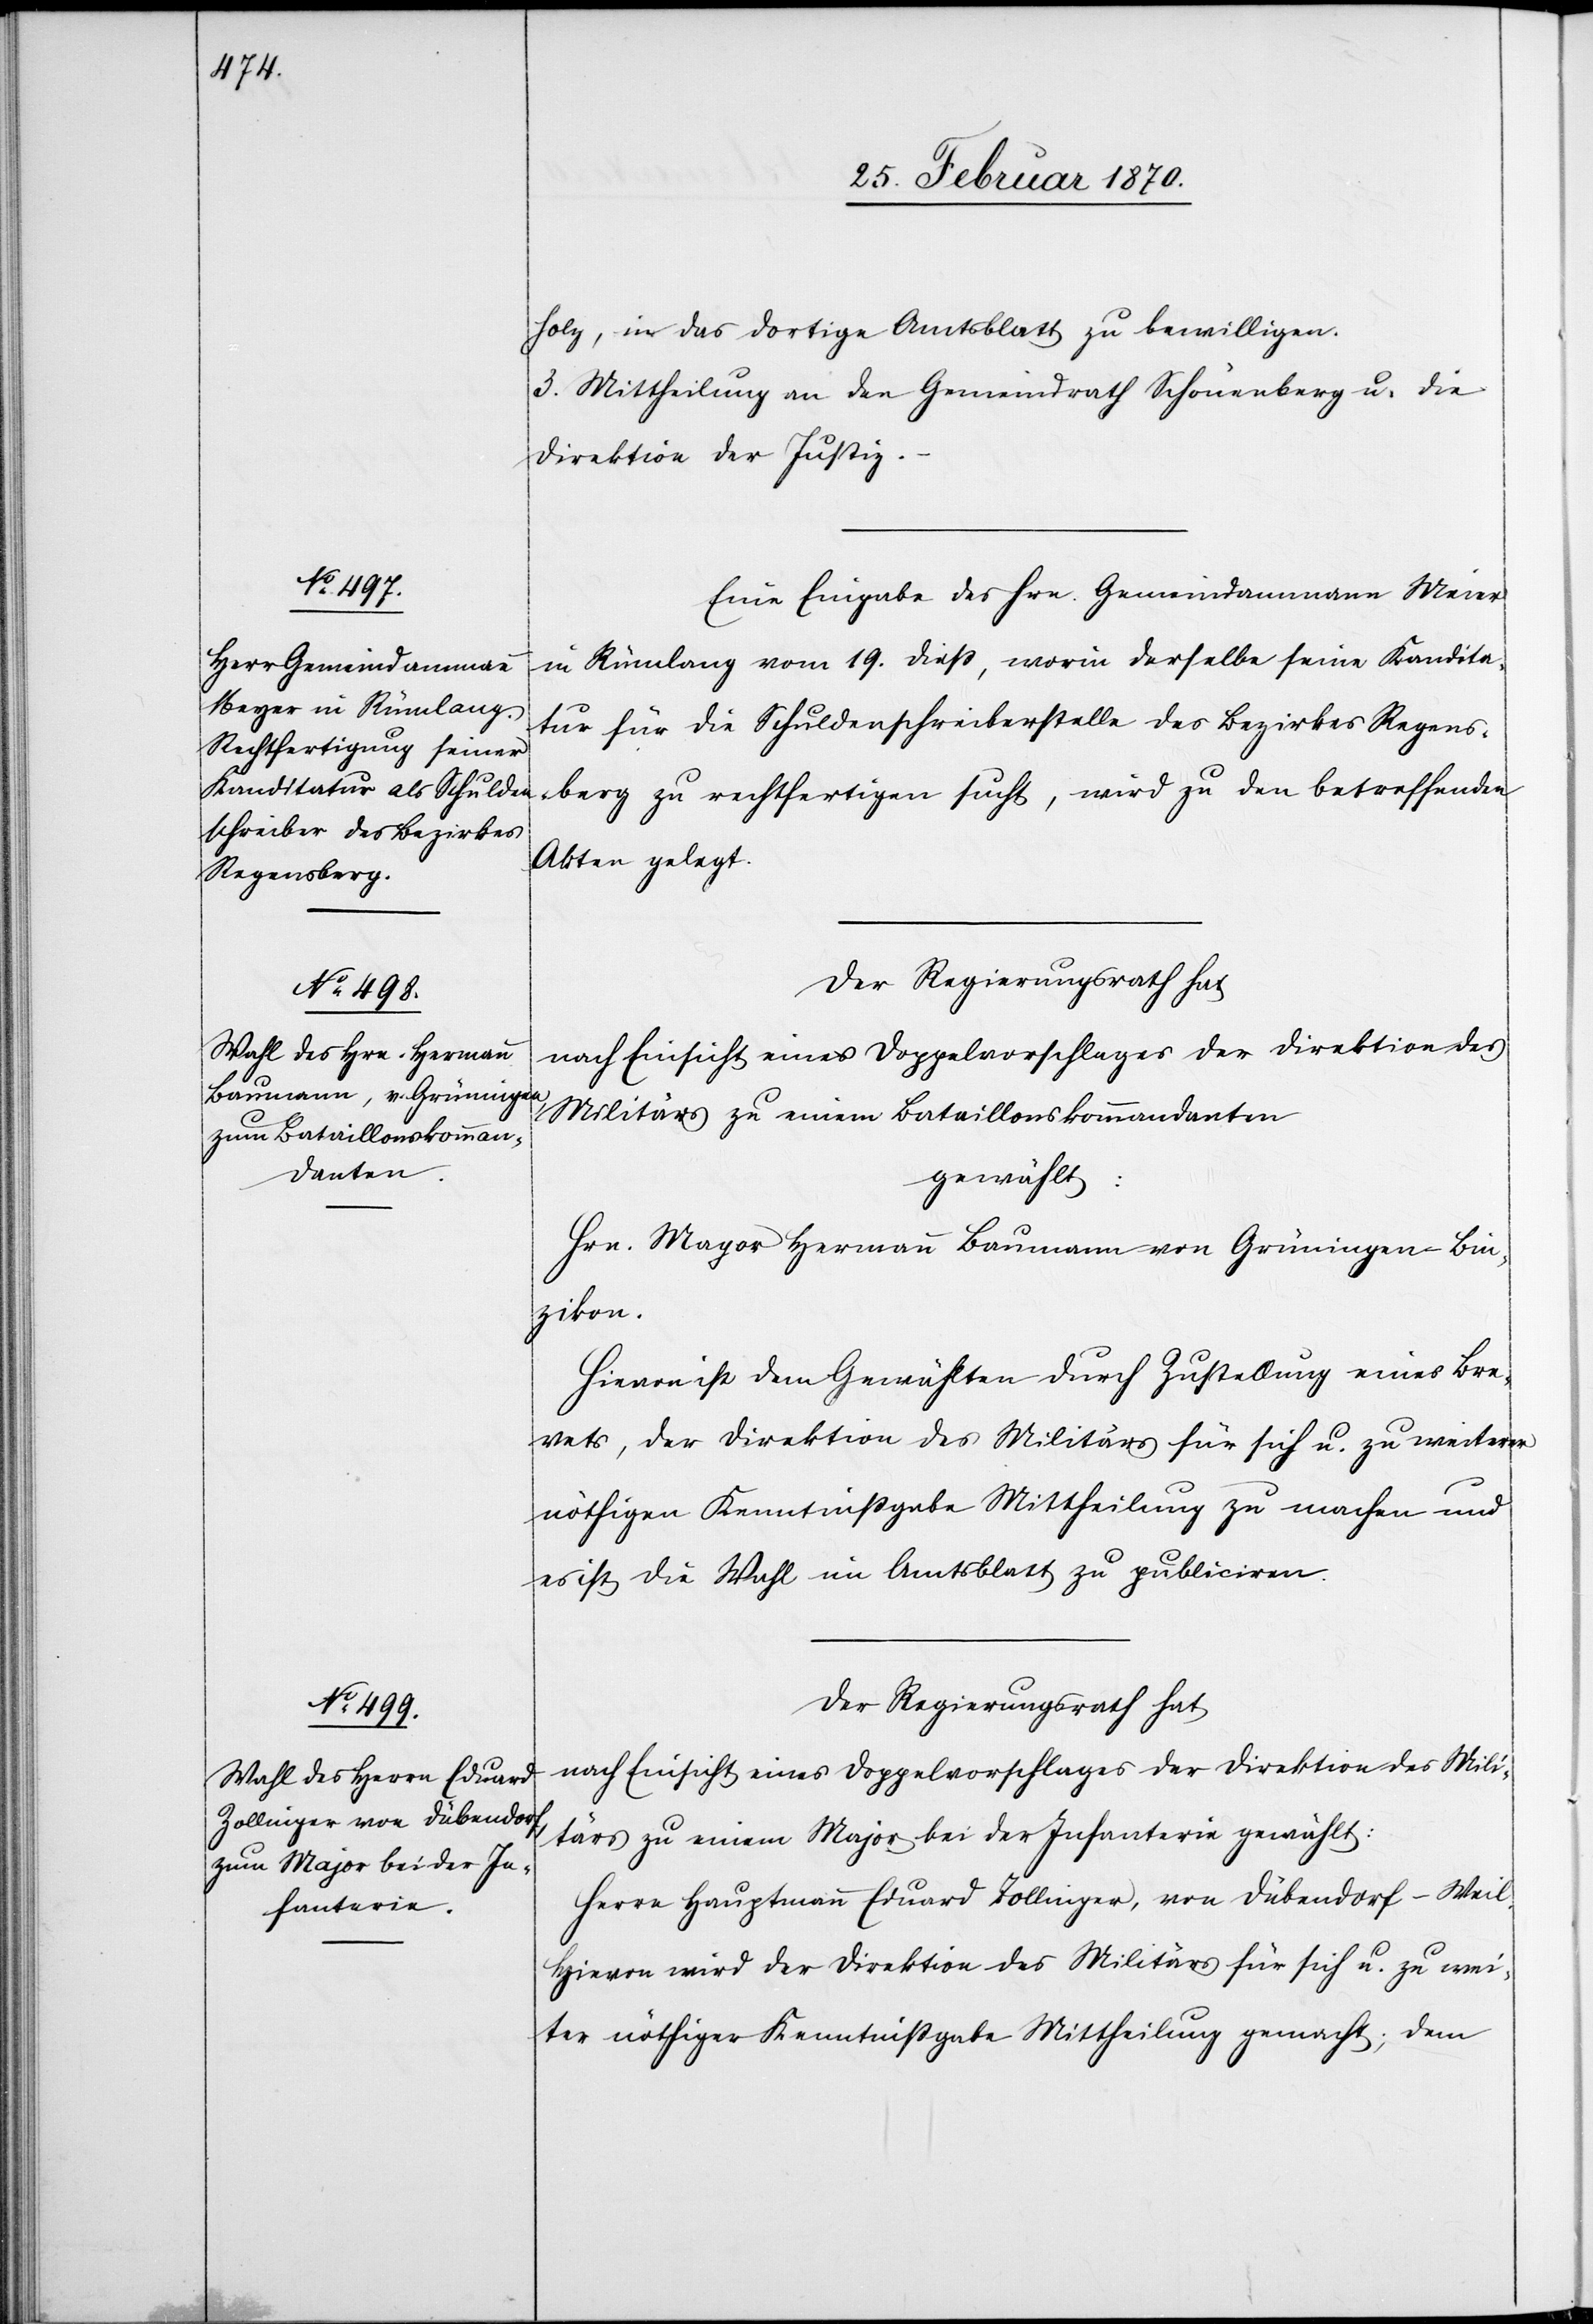
holz, in das dortige Amtsblatt zu bewilligen.
3. Mittheilung an den Gemeindrath Schönenberg u. die
Direktion der Justiz.
Eine Eingabe des Hrn. Gemeindammann Meier
in Rümlang vom 19. dieß, worin derselbe seine Kandida¬
tur für die Schuldenschreiberstelle des Bezirkes Regensberg
Akten gelegt.
Der Regierungsrath hat
nach Einsicht eines Doppelvorschlages der Direktion des
Militärs zu einem Bataillonskommandanten
gewählt:
Hrn. Mayor Hermann Baumann von Grüningen – Bin¬
zikon.
Hievon ist dem Gewählten durch Zustellung eines Bre¬
vets, der Direktion des Militärs für sich u. zu weiterer
nöthigen Kenntnißgabe Mittheilung zu machen und
es ist die Wahl im Amtsblatt zu publiciren.
nach Einsicht eines Doppelvorschlages der Direktion des Mili¬
tärs zu einem Major bei der Infanterie gewählt:
Herrn Hauptmann Eduard Zollinger, von Dübendorf-Weil.
Hievon wird der Direktion des Militärs für sich u. zu wei¬
ter nöthiger Kenntnißgabe Mittheilung gemacht; dem